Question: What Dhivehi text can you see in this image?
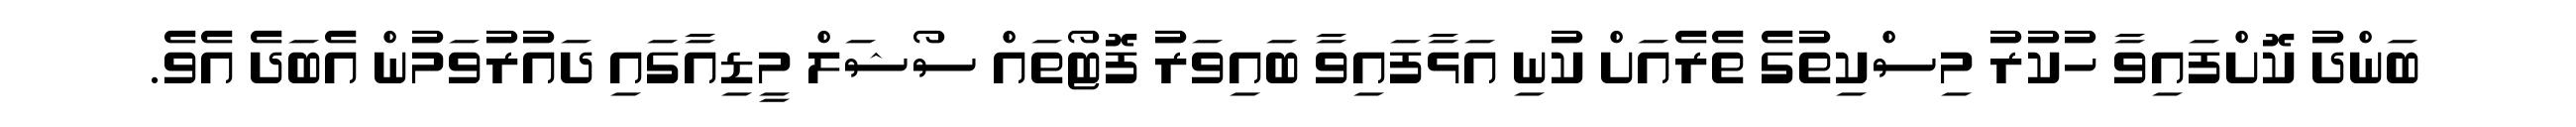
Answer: ބަންދު ކޮށްފައިވާ ހުކުރު މިސްކިތުގެ ތެރެއަށް ކުނި އަޅާފައިވާ ބައިވަރު ފޮޓޯތައް ސޯޝަލް މީޑިއާގައި ދައުރުވަމުން އެބަދެ އެވެ.